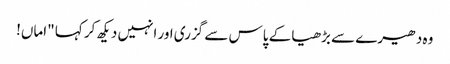
وہ دھیرے سے بڑھیا کے پاس سے گزری اور انہیں دیکھ کر کہا "اماں!